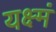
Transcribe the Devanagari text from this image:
यक्ष्मं